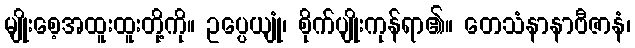
မျိုးစေ့အထူးထူးတို့ကို။ ဥပ္ပေယျုံ၊ စိုက်ပျိုးကုန်ရာ၏။ တေသံနာနာဗီဇာနံ၊